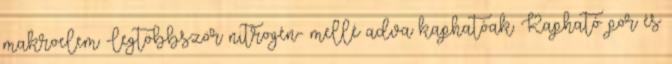
makroelem -legtöbbször nitrogén- mellé adva kaphatóak. Kapható por és